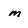
Character: m